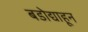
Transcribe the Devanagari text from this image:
बडोद्याहून